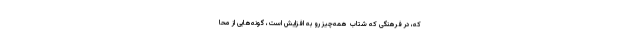
که، در فرهنگی که شتابِ همه‌چیز رو به افزایش است، گونه‌هایی از محا